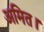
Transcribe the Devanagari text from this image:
अमित।